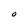
Character: O